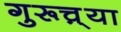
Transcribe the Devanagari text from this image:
गुरूच़्या